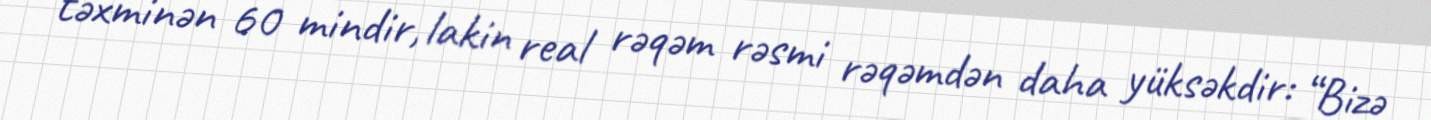
təxminən 60 mindir, lakin real rəqəm rəsmi rəqəmdən daha yüksəkdir: “Bizə